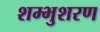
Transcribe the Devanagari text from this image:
शम्भुशरण